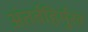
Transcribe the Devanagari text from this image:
अंतर्बहिर्मुख